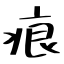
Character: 痕